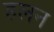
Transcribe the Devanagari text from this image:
हलन